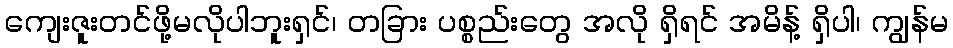
ကျေးဇူးတင်ဖို့မလိုပါဘူးရှင်၊ တခြား ပစ္စည်းတွေ အလို ရှိရင် အမိန့် ရှိပါ၊ ကျွန်မ